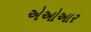
એઓઆર